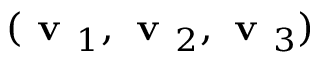
( \textbf { v } _ { 1 } , \textbf { v } _ { 2 } , \textbf { v } _ { 3 } )